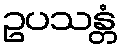
ဥပသန္တံ